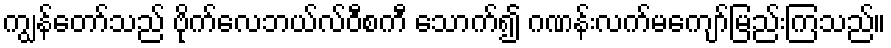
ကျွန်တော်သည် ဗိုက်လေဘယ်လ်ဝီစကီ သောက်၍ ဂဏန်းလက်မကျော်မြည်းကြသည်။